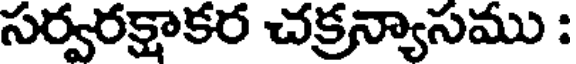
సర్వరక్షాకర చక్రన్యాసము :